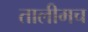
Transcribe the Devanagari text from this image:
तालीमच